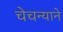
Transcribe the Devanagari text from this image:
चेचन्याने